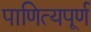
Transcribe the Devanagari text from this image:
पाणित्यपूर्ण